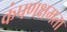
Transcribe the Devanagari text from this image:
कंपणक्षमता